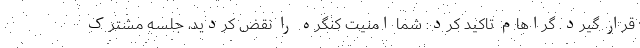
قرار گیرد. گراهام تاکید کرد: شما امنیت کنگره را نقض کردید، جلسه مشترک